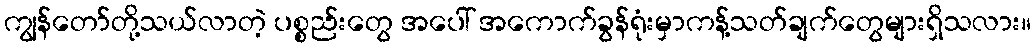
ကျွန်တော်တို့သယ်လာတဲ့ ပစ္စည်းတွေ အပေါ် အကောက်ခွန်ရုံးမှာကန့်သတ်ချက်တွေများရှိသလား။